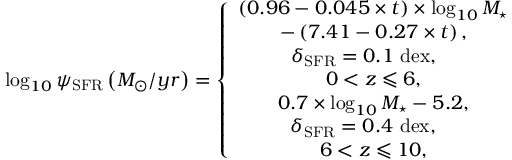
\log _ { 1 0 } \psi _ { \mathrm { S F R } } \left( M _ { \odot } / y r \right) = \left\{ \begin{array} { c } { \left( 0 . 9 6 - 0 . 0 4 5 \times t \right) \times \log _ { 1 0 } M _ { \star } } \\ { - \left( 7 . 4 1 - 0 . 2 7 \times t \right) , } \\ { \delta _ { \mathrm { S F R } } = 0 . 1 ~ \mathrm { d e x } , \quad } \\ { { 0 < z \leqslant 6 } , } \\ { 0 . 7 \times \log _ { 1 0 } M _ { \star } - 5 . 2 , } \\ { \; \delta _ { \mathrm { S F R } } = 0 . 4 ~ \mathrm { d e x } , \quad ~ } \\ { { 6 < z \leqslant 1 0 } , } \end{array} \right.